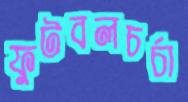
ফুটবলচর্চা